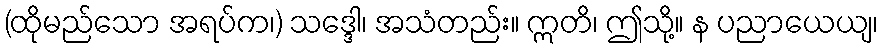
(ထိုမည်သော အရပ်က၊) သဒ္ဒေါ၊ အသံတည်း။ ဣတိ၊ ဤသို့။ န ပညာယေယျ၊